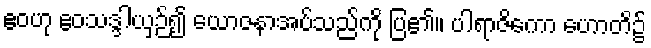
ဧဝဟု ဧဝသဒ္ဒါယှဉ်၍ ယောဇနာအပ်သည်ကို ပြ၏။ ပါရာဇိကော ဟောတိ၌